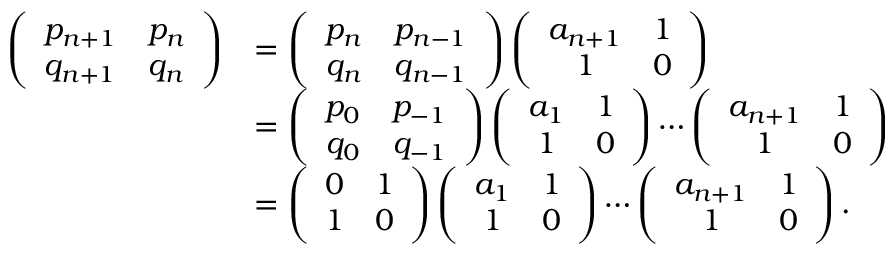
\begin{array} { r l } { \left( \begin{array} { c c } { p _ { n + 1 } } & { p _ { n } } \\ { q _ { n + 1 } } & { q _ { n } } \end{array} \right) } & { = \left( \begin{array} { c c } { p _ { n } } & { p _ { n - 1 } } \\ { q _ { n } } & { q _ { n - 1 } } \end{array} \right) \left( \begin{array} { c c } { a _ { n + 1 } } & { 1 } \\ { 1 } & { 0 } \end{array} \right) } \\ & { = \left( \begin{array} { c c } { p _ { 0 } } & { p _ { - 1 } } \\ { q _ { 0 } } & { q _ { - 1 } } \end{array} \right) \left( \begin{array} { c c } { a _ { 1 } } & { 1 } \\ { 1 } & { 0 } \end{array} \right) \cdots \left( \begin{array} { c c } { a _ { n + 1 } } & { 1 } \\ { 1 } & { 0 } \end{array} \right) } \\ & { = \left( \begin{array} { c c } { 0 } & { 1 } \\ { 1 } & { 0 } \end{array} \right) \left( \begin{array} { c c } { a _ { 1 } } & { 1 } \\ { 1 } & { 0 } \end{array} \right) \cdots \left( \begin{array} { c c } { a _ { n + 1 } } & { 1 } \\ { 1 } & { 0 } \end{array} \right) . } \end{array}